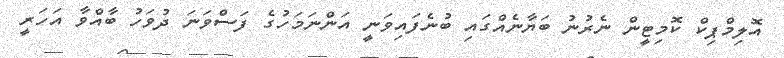
އޮލިމްޕިކް ކޮމިޓީން ނެރުނު ބަޔާނެއްގައި ބުނެފައިވަނީ އަންނަމަހުގެ ފަސްވަނަ ދުވަހު ބާއްވާ އަހަރީ